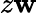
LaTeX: z\mathbf{w}